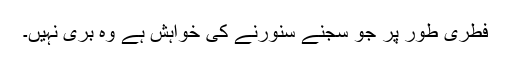
فطری طور پر جو سجنے سنورنے کی خواہش ہے وہ بُری نہیں۔